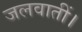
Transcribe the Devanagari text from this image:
जलवातीं।